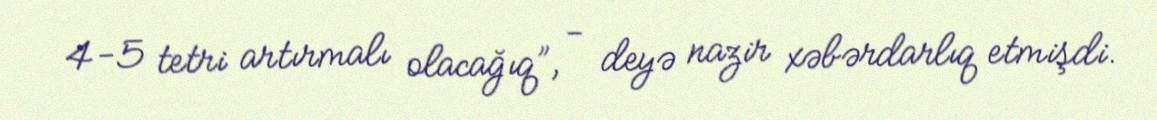
4-5 tetri artırmalı olacağıq”, - deyə nazir xəbərdarlıq etmişdi.